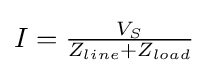
{\textstyle I={\frac {V_{S}}{Z_{line}+Z_{load}}}}